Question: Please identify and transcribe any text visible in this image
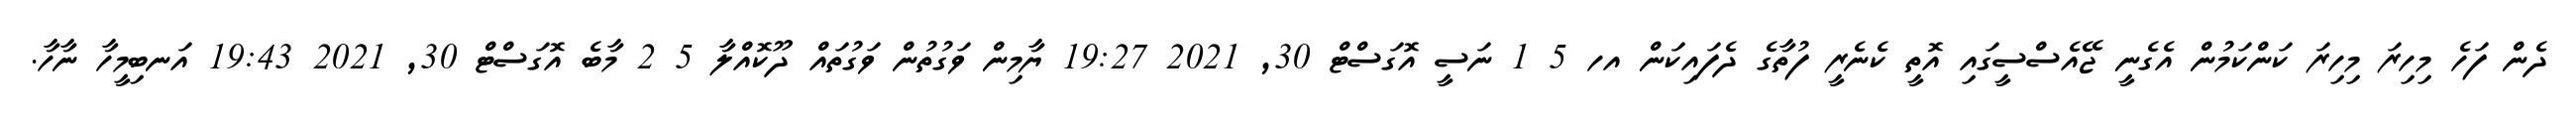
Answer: ދެން ފަހެ މިހިރަ މިހިރަ ކަންކަމުން އެގެނީ ޖޭއެސްސީގައި އޮތީ ކެނެރީ ފުތާގެ ދެފައިކަން އހ 5 1 ނަސީ އޮގަސްޓް 30, 2021 19:27 ޔާމިން ވަގުތުން ވަގުތައް ދޫކޮއްލާ 5 2 މާބެ އޮގަސްޓް 30, 2021 19:43 އަނބިމީހާ ނާހާ.